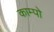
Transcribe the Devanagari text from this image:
काम्पो